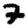
Digit: 7